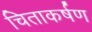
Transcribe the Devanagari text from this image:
चिताकर्षण